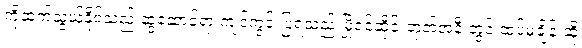
ကိုဆက်သွယ်နိုင်သည် ဆွဲဆောင်ရာ ကျင်ကွင်းပြရသည် မြို့ဝင်ဆိုင်းဘုတ်အနီးတွင် ထပ်မံချိန်းဆို